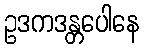
ဥဒကဒန္တပေါနေ